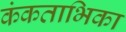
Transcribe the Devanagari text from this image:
कंकताभिका